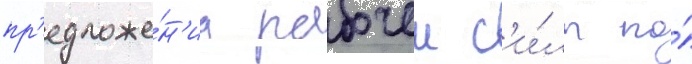
пр'едложе́н'иа рабочеи с'и́лы по́